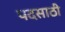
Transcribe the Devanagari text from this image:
पदसाठी